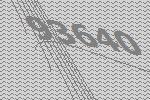
93640